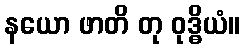
နယော ဖာတိ တု ဝုဒ္ဓိယံ။